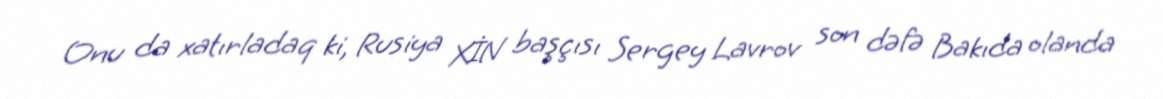
Onu da xatırladaq ki, Rusiya XİN başçısı Sergey Lavrov son dəfə Bakıda olanda